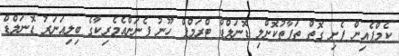
ކެމްޕެއިން ފެށި ގޮތް ތަފާތުކޮށްލި ޑޮނަލްޑް ޓްރަމްޕް ހޫނު ފެނަށްއެމެރިކާގެ ބިލިއަނަރު ޑޮނަލްޑް